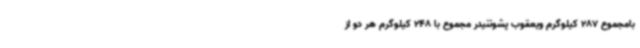
بامجموع 287 کیلوگرم ویعقوب پشوتنیدر مجموع با 248 کیلوگرم هر دو از